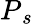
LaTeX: P{_s}